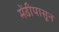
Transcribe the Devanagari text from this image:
मेंढीपासून